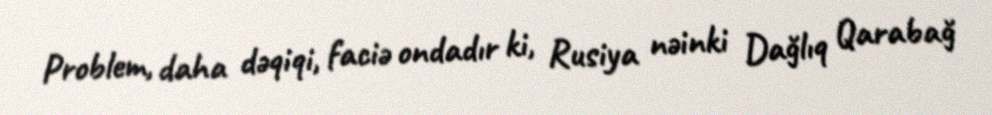
Problem, daha dəqiqi, faciə ondadır ki, Rusiya nəinki Dağlıq Qarabağ